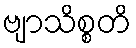
ဗျာသိစ္စတိ